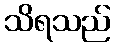
သိရသည်